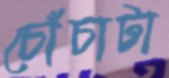
চোঁচাটা